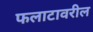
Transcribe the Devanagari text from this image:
फलाटावरील